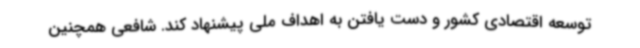
توسعه اقتصادی کشور و دست یافتن به اهداف ملی پیشنهاد کند. شافعی همچنین